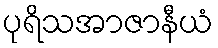
ပုရိသအာဇာနီယံ